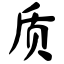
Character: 质